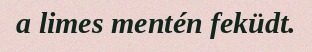
a limes mentén feküdt.